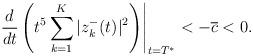
LaTeX: \begin{align*} \left. \frac{d }{dt} \left(t^{5} \sum_{k=1}^K |z_{k}^-(t)|^2\right)\right|_{t=T^*} <-\overline c<0.\end{align*}